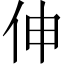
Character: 伸